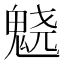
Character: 𱆙